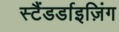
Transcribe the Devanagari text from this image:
स्टैंडर्डाइज़िंग